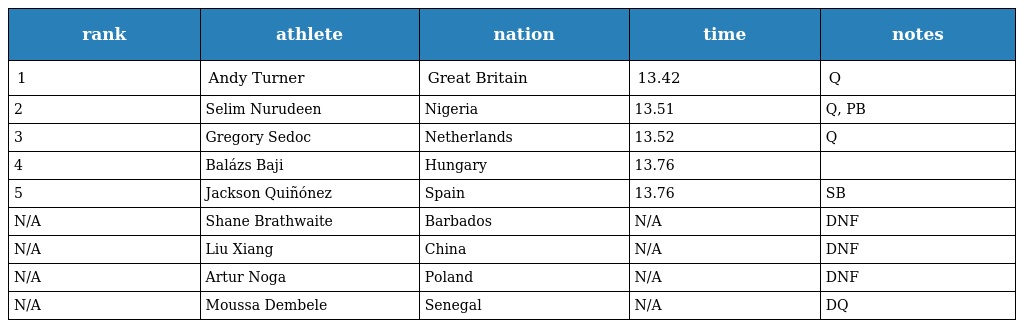
| rank | athlete | nation | time | notes |
 | --- | --- | --- | --- | --- |
 | 1 | Andy Turner | Great Britain | 13.42 | Q |
 | 2 | Selim Nurudeen | Nigeria | 13.51 | Q, PB |
 | 3 | Gregory Sedoc | Netherlands | 13.52 | Q |
 | 4 | Balázs Baji | Hungary | 13.76 |  |
 | 5 | Jackson Quiñónez | Spain | 13.76 | SB |
 | N/A | Shane Brathwaite | Barbados | N/A | DNF |
 | N/A | Liu Xiang | China | N/A | DNF |
 | N/A | Artur Noga | Poland | N/A | DNF |
 | N/A | Moussa Dembele | Senegal | N/A | DQ |